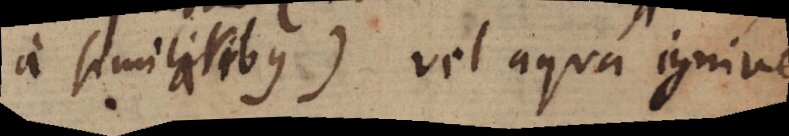
a similaribus) vel aqua ignive